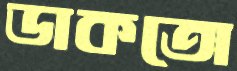
ডাকতো